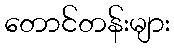
တောင်တန်းများ